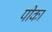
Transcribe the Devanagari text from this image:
पीका